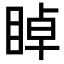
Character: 𥇍